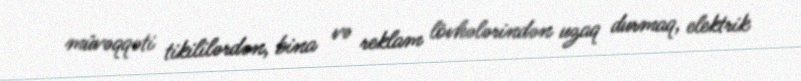
müvəqqəti tikililərdən, bina və reklam lövhələrindən uzaq durmaq, elektrik